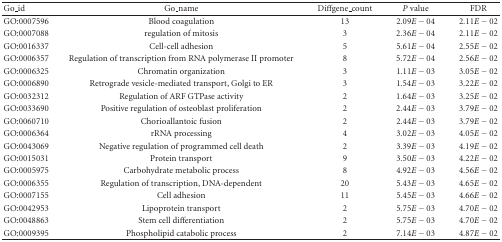
<table><thead><tr><td><b>Go_id</b></td><td><b>Go_name</b></td><td><b>Diffgene_count</b></td><td><b><i>P</i> value</b></td><td><b>FDR</b></td></tr></thead><tbody><tr><td>GO:0007596</td><td>Blood coagulation</td><td>13</td><td>2.09<i>E</i> − 04</td><td>2.11<i>E</i> − 02</td></tr><tr><td>GO:0007088</td><td>regulation of mitosis</td><td>3</td><td>2.36<i>E</i> − 04</td><td>2.11<i>E</i> − 02</td></tr><tr><td>GO:0016337</td><td>Cell-cell adhesion</td><td>5</td><td>5.61<i>E</i> − 04</td><td>2.55<i>E</i> − 02</td></tr><tr><td>GO:0006357</td><td>Regulation of transcription from RNA polymerase II promoter</td><td>8</td><td>5.72<i>E</i> − 04</td><td>2.56<i>E</i> − 02</td></tr><tr><td>GO:0006325</td><td>Chromatin organization</td><td>3</td><td>1.11<i>E</i> − 03</td><td>3.05<i>E</i> − 02</td></tr><tr><td>GO:0006890</td><td>Retrograde vesicle-mediated transport, Golgi to ER</td><td>3</td><td>1.54<i>E</i> − 03</td><td>3.22<i>E</i> − 02</td></tr><tr><td>GO:0032312</td><td>Regulation of ARF GTPase activity</td><td>2</td><td>1.64<i>E</i> − 03</td><td>3.25<i>E</i> − 02</td></tr><tr><td>GO:0033690</td><td>Positive regulation of osteoblast proliferation</td><td>2</td><td>2.44<i>E</i> − 03</td><td>3.79<i>E</i> − 02</td></tr><tr><td>GO:0060710</td><td>Chorioallantoic fusion</td><td>2</td><td>2.44<i>E</i> − 03</td><td>3.79<i>E</i> − 02</td></tr><tr><td>GO:0006364</td><td>rRNA processing</td><td>4</td><td>3.02<i>E</i> − 03</td><td>4.05<i>E</i> − 02</td></tr><tr><td>GO:0043069</td><td>Negative regulation of programmed cell death</td><td>2</td><td>3.39<i>E</i> − 03</td><td>4.19<i>E</i> − 02</td></tr><tr><td>GO:0015031</td><td>Protein transport</td><td>9</td><td>3.50<i>E</i> − 03</td><td>4.22<i>E</i> − 02</td></tr><tr><td>GO:0005975</td><td>Carbohydrate metabolic process</td><td>8</td><td>4.92<i>E</i> − 03</td><td>4.56<i>E</i> − 02</td></tr><tr><td>GO:0006355</td><td>Regulation of transcription, DNA-dependent</td><td>20</td><td>5.43<i>E</i> − 03</td><td>4.65<i>E</i> − 02</td></tr><tr><td>GO:0007155</td><td>Cell adhesion</td><td>11</td><td>5.45<i>E</i> − 03</td><td>4.66<i>E</i> − 02</td></tr><tr><td>GO:0042953</td><td>Lipoprotein transport</td><td>2</td><td>5.75<i>E</i> − 03</td><td>4.70<i>E</i> − 02</td></tr><tr><td>GO:0048863</td><td>Stem cell differentiation</td><td>2</td><td>5.75<i>E</i> − 03</td><td>4.70<i>E</i> − 02</td></tr><tr><td>GO:0009395</td><td>Phospholipid catabolic process</td><td>2</td><td>7.14<i>E</i> − 03</td><td>4.87<i>E</i> − 02</td></tr></tbody></table>